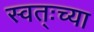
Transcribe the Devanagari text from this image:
स्वत्ःच्या